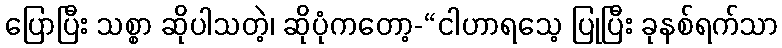
ပြောပြီး သစ္စာ ဆိုပါသတဲ့၊ ဆိုပုံကတော့-“ငါဟာရသေ့ ပြုပြီး ခုနစ်ရက်သာ